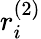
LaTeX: r_{i}^{(2)}